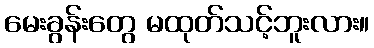
မေးခွန်းတွေ မထုတ်သင့်ဘူးလား။